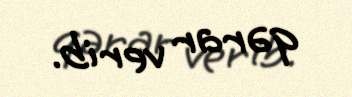
qərar verib.